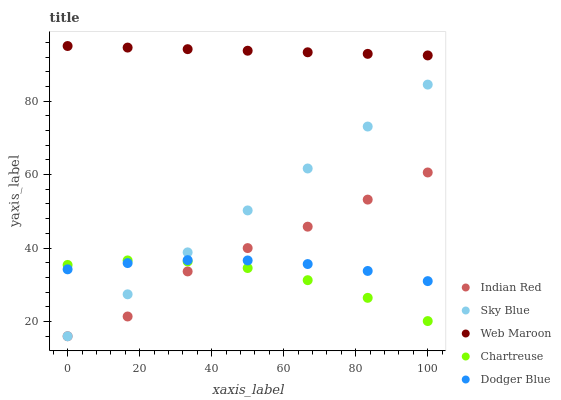
| xaxis_label | Indian Red | Sky Blue | Web Maroon | Chartreuse | Dodger Blue |
 | --- | --- | --- | --- | --- | --- |
 | 0 | 16 | 16 | 95 | 35.4 | 34.2 |
 | 16.7 | 21.4 | 27.4 | 94.6 | 36.6 | 35.9 |
 | 33.3 | 33.6 | 38.8 | 94.1 | 36.4 | 36.7 |
 | 50 | 40 | 50.2 | 93.7 | 34.6 | 36.6 |
 | 66.7 | 45.8 | 61.7 | 93.3 | 31.3 | 35.7 |
 | 83.3 | 53.2 | 73.1 | 92.9 | 26.5 | 33.8 |
 | 100 | 60.6 | 84.5 | 92.4 | 20.1 | 31 |